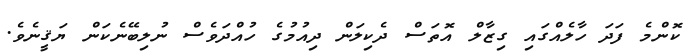
ކޮންމެ ފަދަ ހާލެއްގައި ގިޒާލް އޮތަސް ދެކިލަން ދިއުމުގެ ހުއްދަވެސް ނުލިބޭނެކަން ޔަޤީނެވެ.